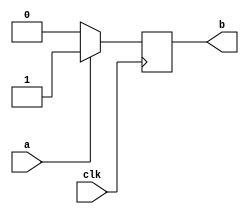
module test_x(clk, a, b);
  input clk;
  input a;
  output b;

  reg b;

  always@(posedge clk)
    if(a)
      b <= 1;
    else
      b <= 0;
endmodule